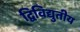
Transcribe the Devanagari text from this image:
द्विविद्युतीय